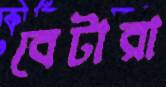
বেটারা